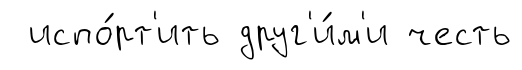
испо́рт'ить друг'и́м'и честь